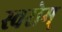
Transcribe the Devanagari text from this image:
स्वरोम्